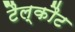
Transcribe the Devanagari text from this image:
टैल्कौट